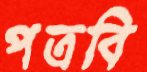
পত্রবি